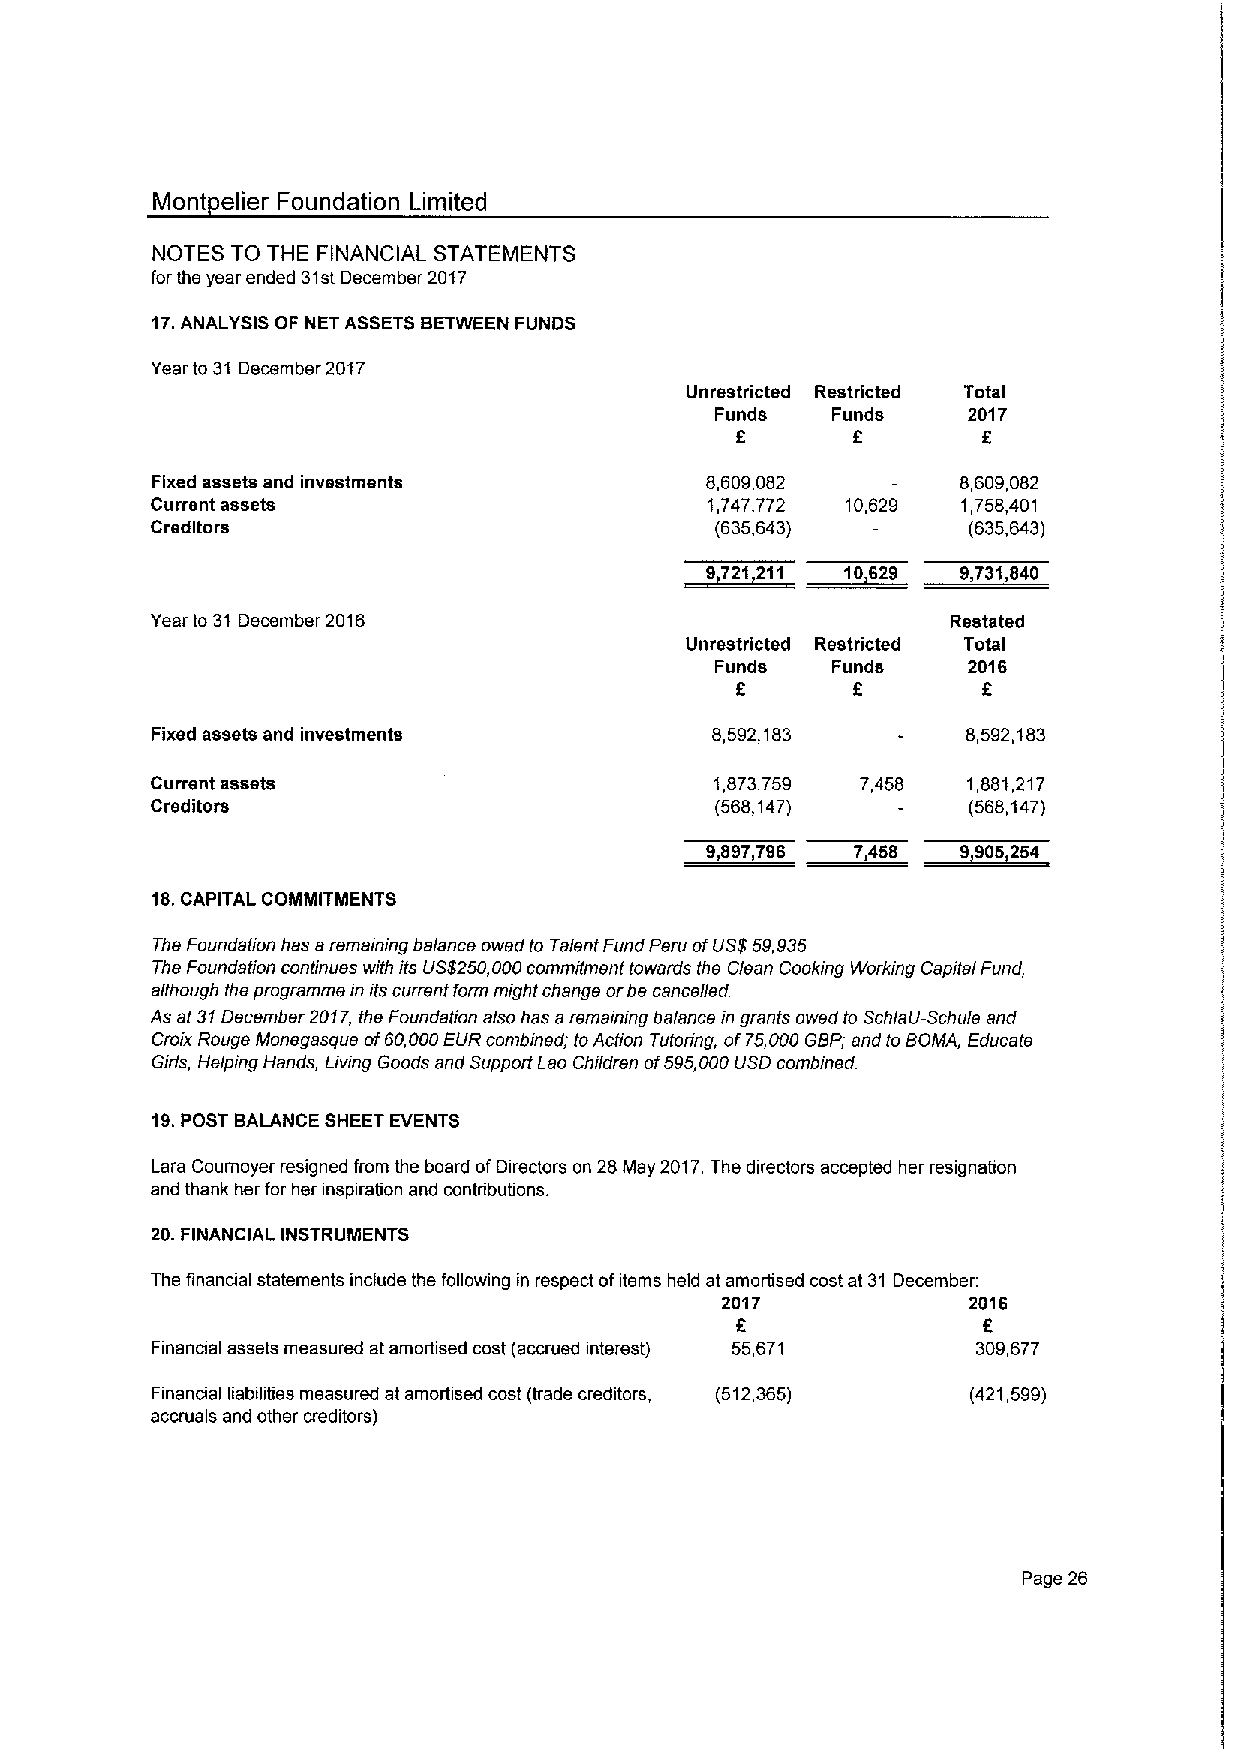
Mont elier Foundation Limited
 NOTES TO THE FINANCIAL STATEMENTS
 for the year ended 31stDecember 2017
 17.ANALYSIS OF NET ASSETSBETWEEN FUNDS
 Year to 31 December 2017
 Unrestricted Restricted Total
 Funds   Funds    2017
 6
 Fixed assets and investments         8,609,082        8,609,082
 Current assets                       1,747,772 10,629 1,758,401
 Creditors                            (635,643)        (635,643)
 »1
 11     6 8   9731.84.0
 Year to 31 December 2016                             Restated
 Unrestricted Restricted Total
 Funds   Funds    2016
 6      6        6
 Fixed assets and investments         8,592,183        8,592,183
 Current assets                       1,873,759 7,458  1,881,217
 Creditors                            (568,147)        (568,147)
 9897786   7468   990 3
 18.CAPITAL COMMITMENTS
 The Foundation has aremaining balance owed to Talent Fund Peru ofUS$59,935
 The Foundation continues with ils US$250,000commilmenf towenls the Clean Cooking Working Capitei Fund,
 allhough the programmein ifs current form might change orbe cancelled.
 As at31December 2017, the Foundalion also has aremaining balance in grants owed to Schlau-Schule and
 Cmix Rouge Monegasque of60,000EUR combined; toAction Tutoring, of75,000GBP, and lo SOMA, Educate
 Girls, Helping Hands, Living Goods and Support Lao Children of595,000USD combined.
 19.POST BALANCE SHEET EVENTS
 Lara Coumoyer resigned from the board ofDirectors on 28May 2017.The directors accepted her resignation
 and thank her for her inspiration and contribubons.
 20.FINANCIAL INSTRUMENTS
 The financial statements include the following in respect ofitems held at amortised cost at 31 December:
 2017            2016
 6               6
 Financial assets measured at amortised cost (accrued interest) 55,671 309,677
 Financial liabihties measured at amortised cost (trade creditors, (512,365) (421,599)
 accruals and other creditors)
 Page 26